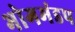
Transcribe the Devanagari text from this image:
भोगमंडप